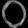
Digit: ၀